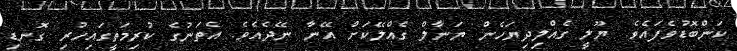
ކަންބޮޑުވެފައެވެ. ޔޫލީ ގެއްލިދިޔަހެން ޔަނާލް ގެއްލޭކަށް އޭނާ ނޭދެއެވެ. އެތަނުގެ ކުރިމަތީގައިހުރި ގޮނޑި